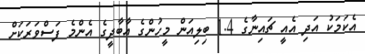
އެކަމަކު އަދި އެއީ ޗައިނާގެ 1.4 ބިލިއަން މީހުންގެ އާބާދީގެ އެންމެ ފަސްވަރަކަށް